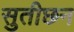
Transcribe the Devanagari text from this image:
सुतीछन